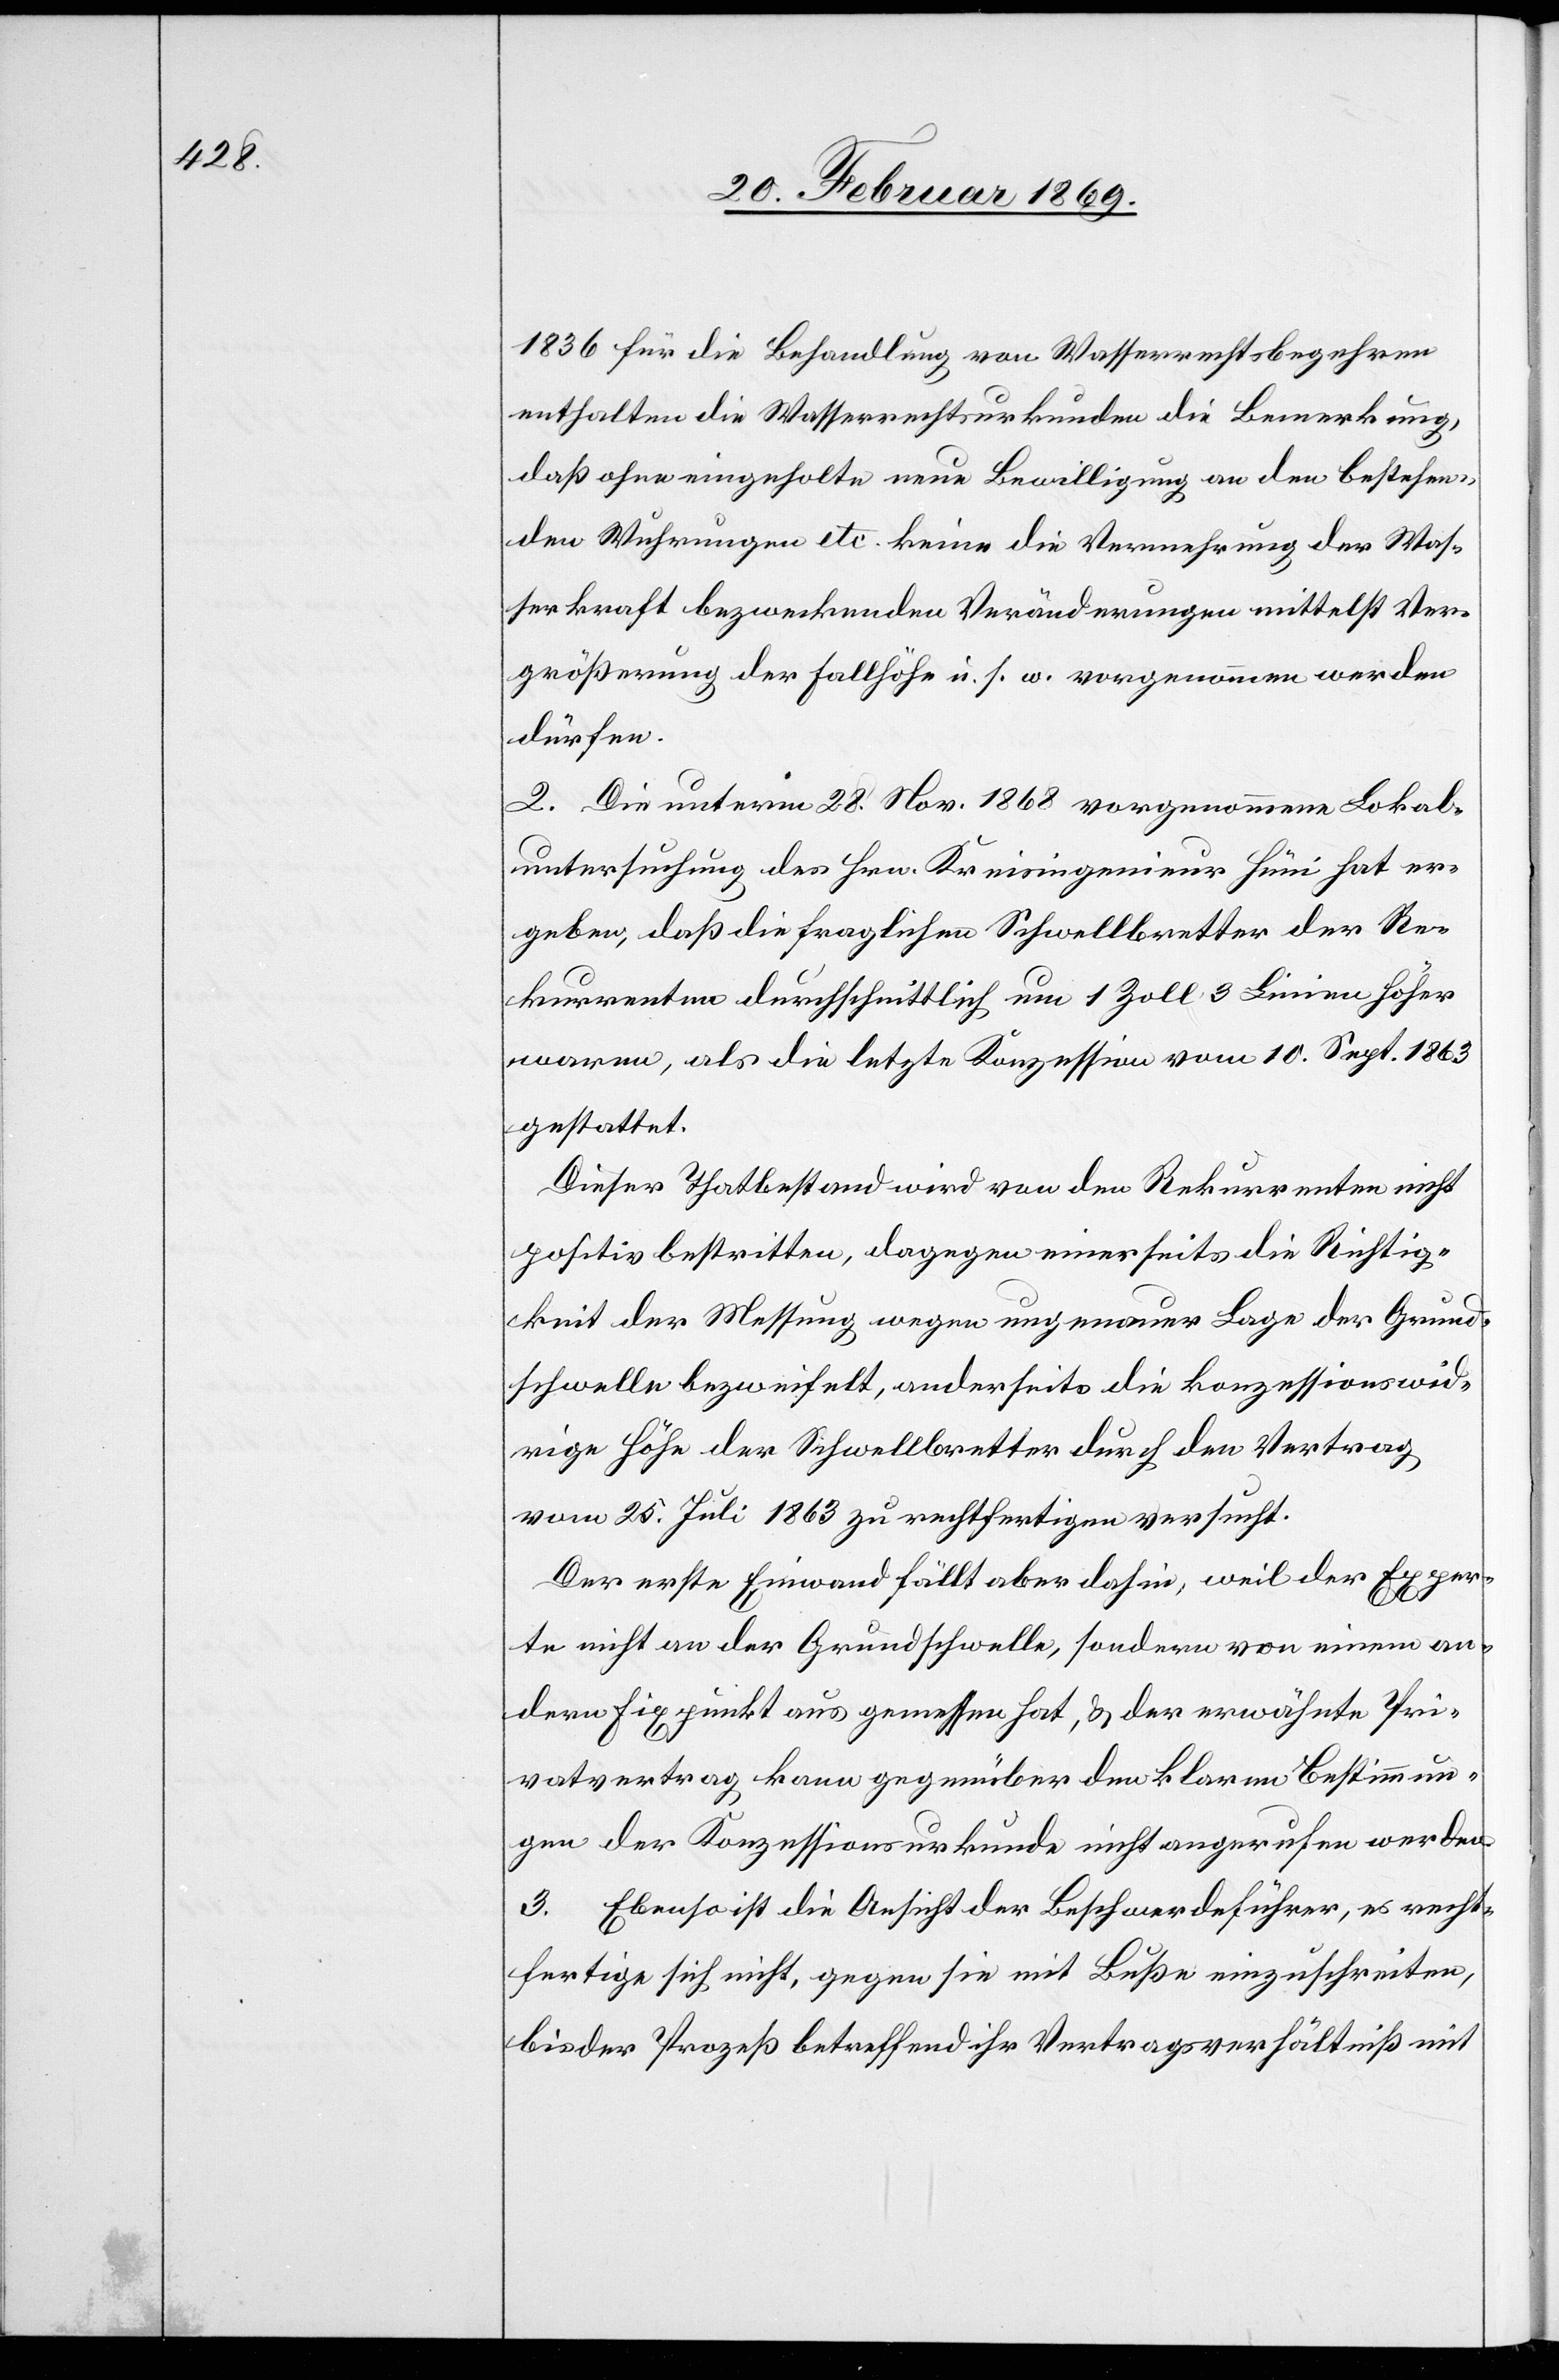
1836 für die Behandlung von Wasserrechtsbegehren
enthalten die Wasserrechtsurkunden die Bemerkung,
daß ohne eingeholte neue Bewilligung an den bestehen¬
den Wuhrungen etc. keine die Vermehrung der Was¬
serkraft bezweckenden Veränderungen mittelst Ver¬
größerung der Fallhöhe u. s. w. vorgenommen werden
dürfen.
2. Die unterm 28. Nov. 1868 vorgenommene Lokal¬
untersuchung des Hrn. Kreisingenieur Hüni hat er¬
geben, daß die fraglichen Schwellbretter der Re¬
kurrenten durchschnittlich um 1 Zoll 3 Linien höher
waren, als die letzte Konzession vom 10. Sept. 1863
gestattet.
Dieser Thatbestand wird von den Rekurrenten nicht
positiv bestritten, dagegen einerseits die Richtig¬
keit der Messung wegen ungenauer Lage der Grund¬
schwelle bezweifelt, anderseits die konzessionswid¬
rige Höhe der Schwellbretter durch den Vertrag
vom 25. Juli 1863 zu rechtfertigen versucht.
Der erste Einwand fällt aber dahin, weil der Exper¬
te nicht an die Grundschwelle, sondern von einem an¬
dern Fixpunkt aus gemessen hat, & der erwähnte Pri¬
vatvertrag kann gegenüber dem klaren Bestimmun¬
gen der Konzessionsurkunde nicht angerufen werden.
3. Ebenso ist die Ansicht der Beschwerdeführer, es recht¬
fertige sich nicht, gegen sie mit Buße einzuschreiten,
bis der Prozeß betreffend ihr Vertragsverhältniß mit